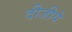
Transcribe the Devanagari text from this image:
दीजीये